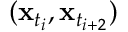
( \mathbf { x } _ { t _ { i } } , \mathbf { x } _ { t _ { i + 2 } } )